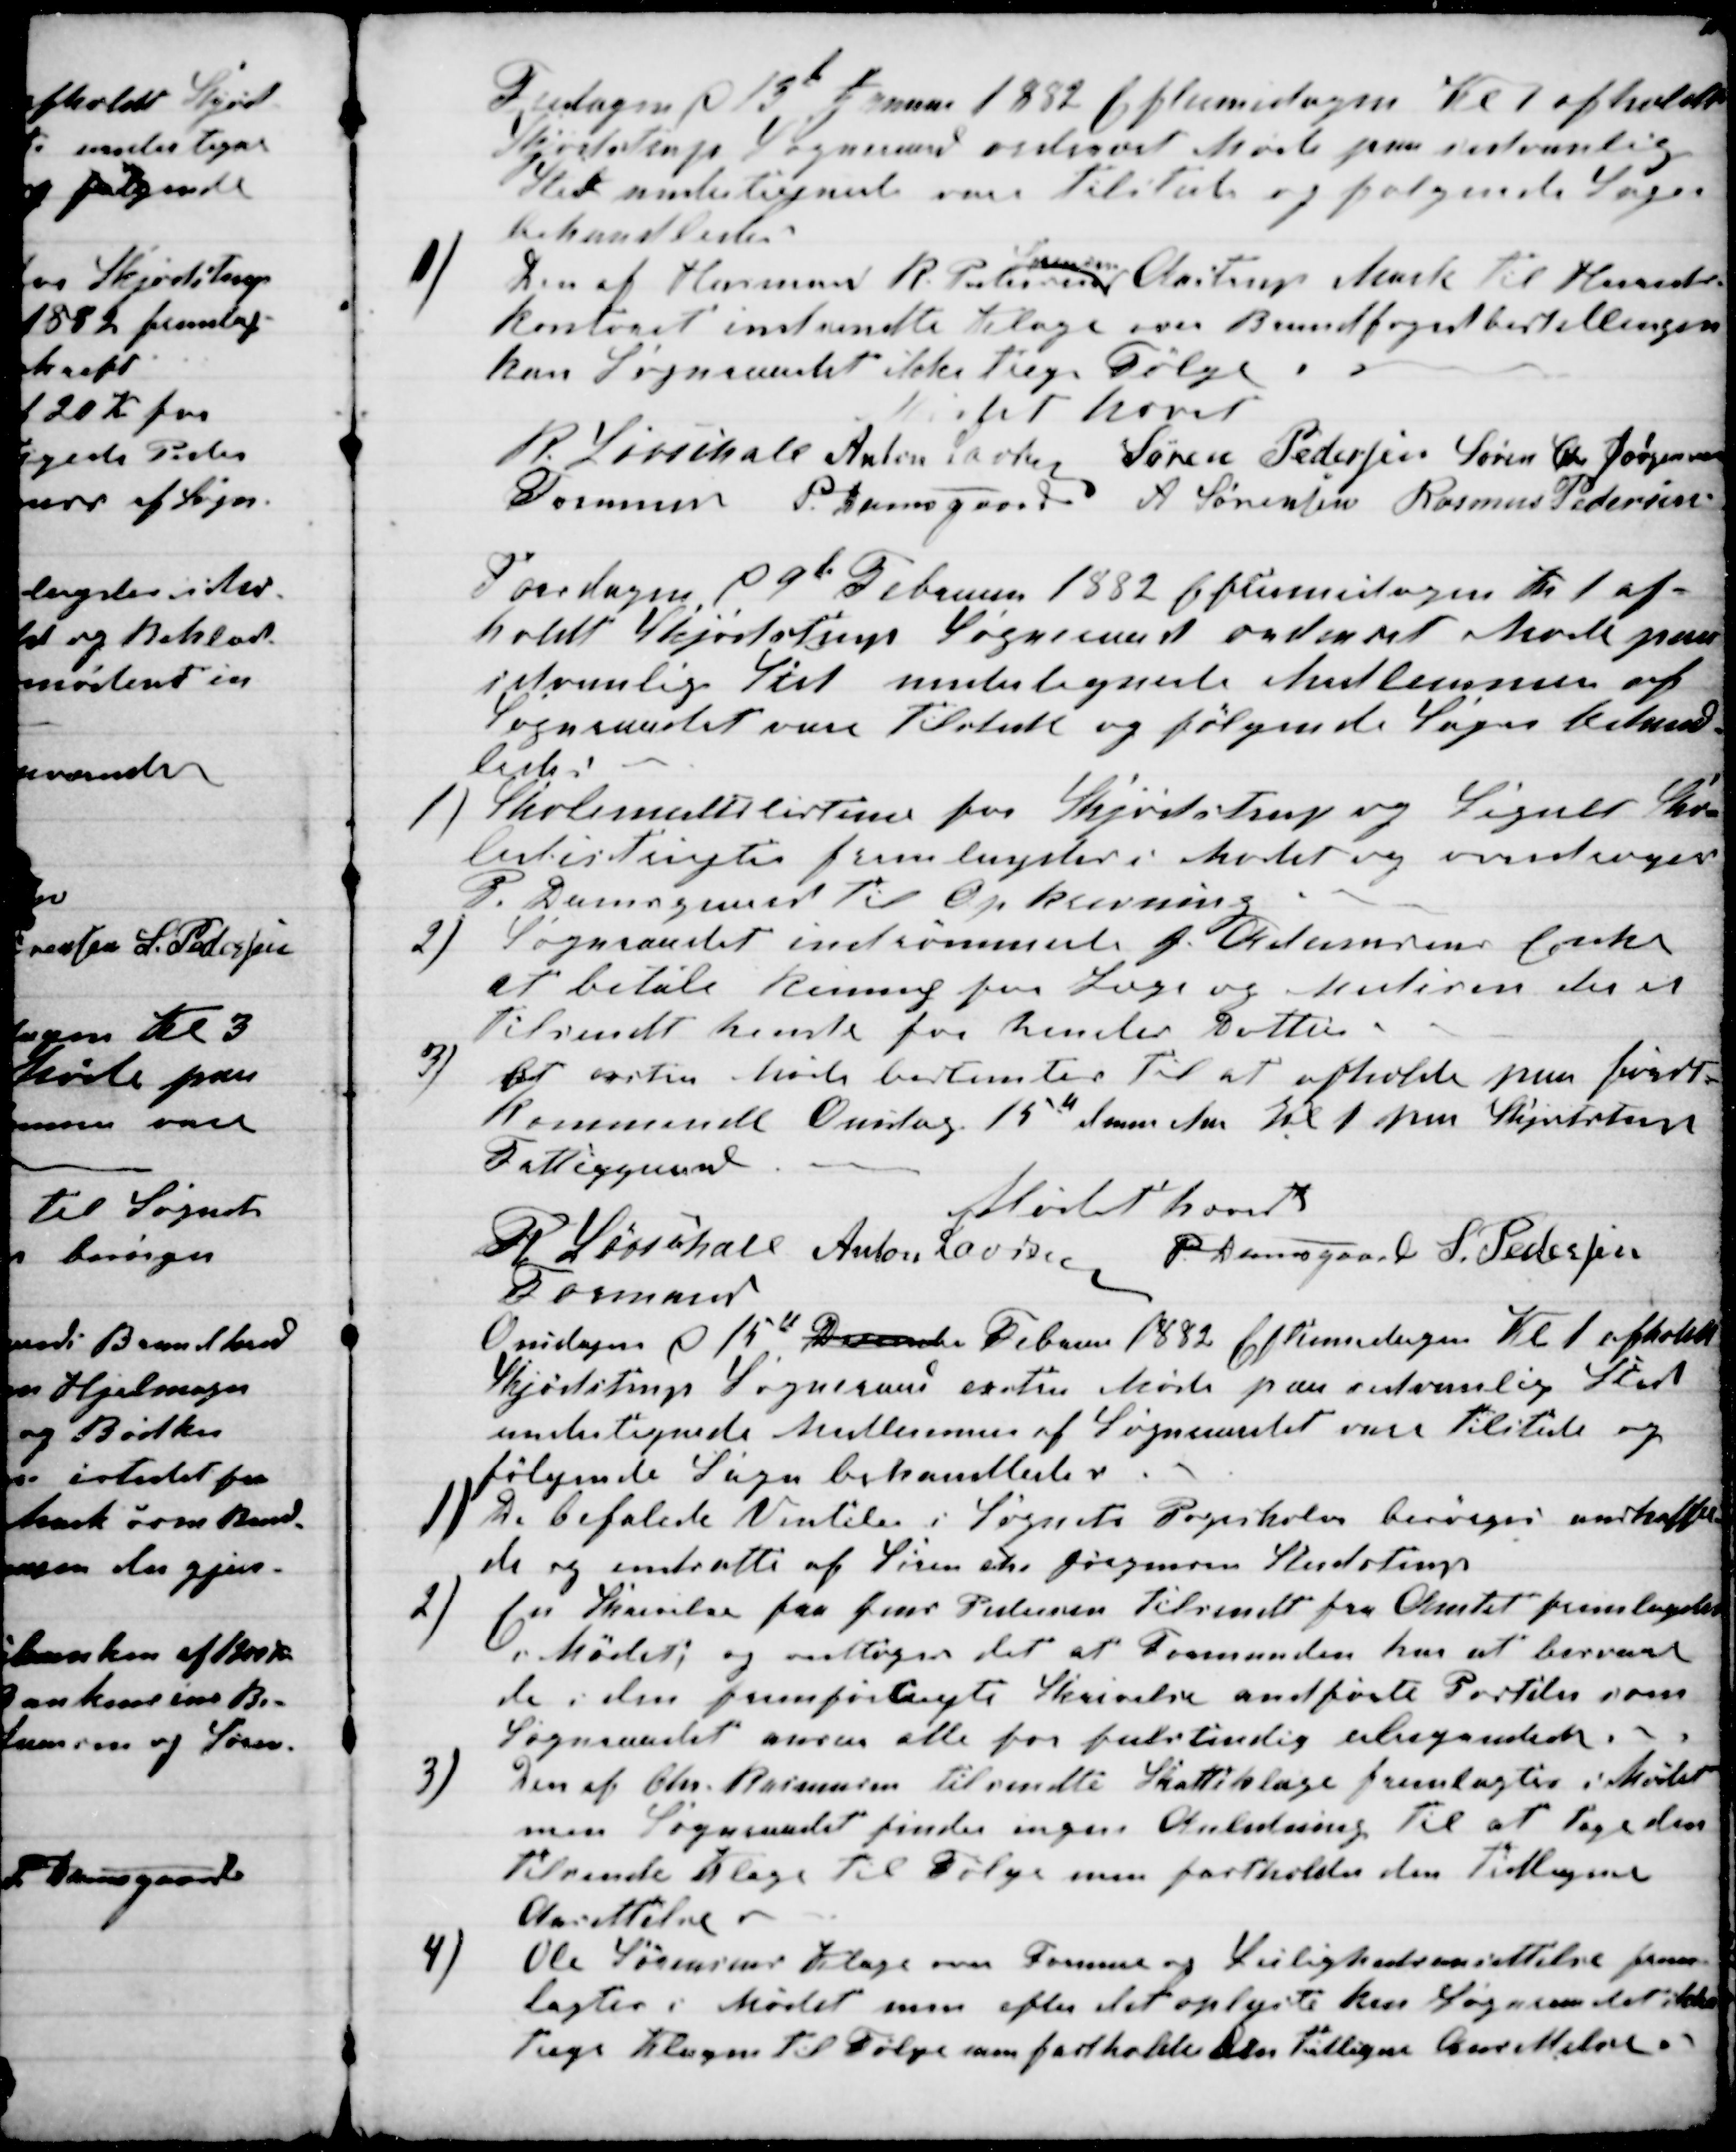
Transskription:
Fredagen d 13de Januar 1882 Eftermidagen Kl 1 afholdt
Skjødstrup Sogneraad ordinært Møde paa sedvanlig
Sted undertegnede vare tilstede og følgende Sager
behandledes
1)
Den af Husmand R. Pedersen 
Sørensen
 Aastrup Mark til Herreds-
kontoret indsendte Klage over Brandfogedbestillingen
kan Sogneraadet ikke tage Følge.
Mødet hævet
R. Løvschall
Formand
Anton Laursen Søren Pedersen Søren Chr Jørgensen
P. Damsgaard A Sørensen Rasmus Pedersen
Torsdagen d 9de Februar 1882 Eftermidagen Kl 1 af-
holdt Skjødstrup Sogneraad ordinært Møde paa
sedvanlig Sted undertegnede Medlemmer af
Sogneraadet vare tilstede og følgende Sager behand-
ledes
1)
Skolemultslisterne for Skjødstrup og Segalt Sko-
ledistrigter fremlagdes i Mødet og overdroges
P. Damsgaard til Opkrævning
2)
Sogneraadet indrømmede J. Andreasens Enke
at betale Reining for Læge og Medicin der et
tilsendt hende for hendes Datter
3)
det neste Møde bestemtes til at afholdte paa først-
kommende Onsdag 15de denne Md Kl 1 paa Skjødstrup
Fattiggaard
Mødet hævet
R Løvschall 
Formand
Anton Laursen P. Damsgaard S. Pedersen
Onsdagen d 15de December Februar 1882 Eftermidagen Kl 1 afholdt
Skjødstrup Sogneraad exstra Møde paa sedvanlig Sted
undertegnede Medlemmer af Sogneraadet vare tilstede og
følgende Sager behandledes.
1) De befalede Ventiler i Sognets Pogeskoler besørges anskaffe-
de og endrette af Søren Chr Jørgensen Studstrup
2)
En Skrivelse fra Jens Pedersen tilsendt fra Amtet fremlagdes
i Mødet, og vedtoges det at Formanden har at besvare
de i den fremførlagte Skrivelse andførte Posteler som
Sogneraadet anser alle for fulstendig ubegrundede.
3)
Den af Chr. Rasmussen tilsendte Skatteklage fremlagtes i Mødet
men Sogneraadet finder ingen Anledning til at tage den
tilsende Klage til Følge men fastholder den tidligere
Ansettelse
7)
Ole Sørensens Klage over Formue og Leilighedsansettelse frem
lagtes i Mødet men efter det oplyste kan Sogneraadet ikke
tage Klagen til Følge men fastholder den tidligere Ansettelse.